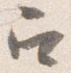
召